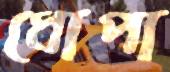
ধোপা